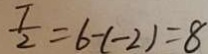
\frac { T } { 2 } = 6 - ( - 2 ) = 8